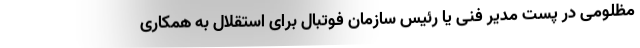
مظلومی در پست مدیر فنی یا رئیس سازمان فوتبال برای استقلال به همکاری